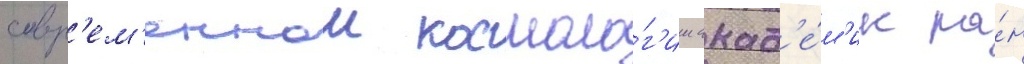
совр'ем'еннои космоло́г'ии акад'е́м'ик ра́н